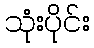
သုံးပိုင်း